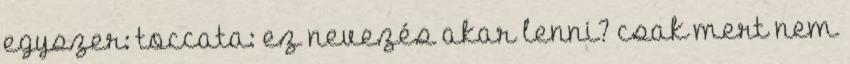
egyszer: toccata: ez nevezés akar lenni? csak mert nem